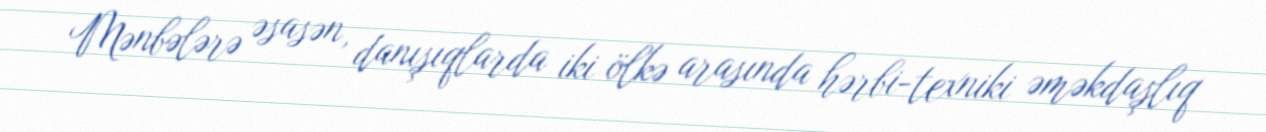
Mənbələrə əsasən, danışıqlarda iki ölkə arasında hərbi-texniki əməkdaşlıq